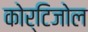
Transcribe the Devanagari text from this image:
कोर्टिजोल